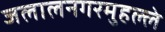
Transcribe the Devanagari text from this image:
जलालनगरमुहल्ले